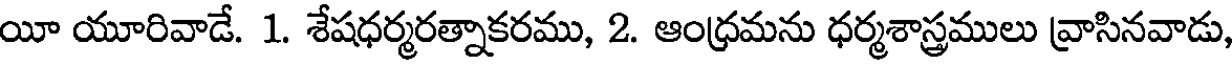
యీ యూరివాడే. 1. శేషధర్మరత్నాకరము, 2. ఆంధ్రమను ధర్మశాస్త్రములు వ్రాసినవాడు,